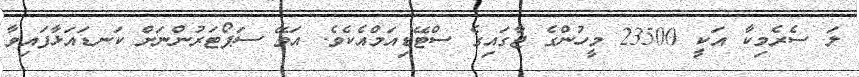
ލަ ސެރެމިކާ އަކީ 23500 މީހުންގެ ޖާގައިގެ ސްޓޭޑިއަމްއެކެވެ. އަވޭ ސަޕޯޓަރުންނަށް ކަނޑައަޅާފައިވާ